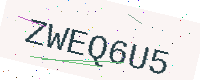
Text: ZWEQ6U5